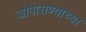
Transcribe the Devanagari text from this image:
जोपासण्याच्या